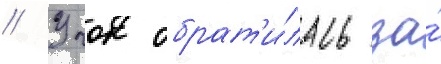
// Учок обрат'и́лась за́